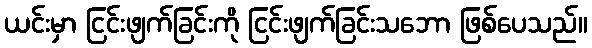
ယင်းမှာ ငြင်းဖျက်ခြင်းကို ငြင်းဖျက်ခြင်းသဘော ဖြစ်ပေသည်။